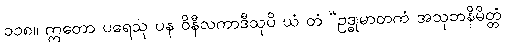
၁၁၈။ ဣတော ပရေသု ပန ဝိနီလကာဒီသုပိ ယံ တံ “ဥဒ္ဓုမာတကံ အသုဘနိမိတ္တံ